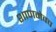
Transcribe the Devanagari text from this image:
शाणमेवच